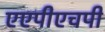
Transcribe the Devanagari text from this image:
एएपीएचपी